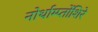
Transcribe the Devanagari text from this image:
नोर्थाम्प्तोंशिरे